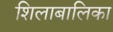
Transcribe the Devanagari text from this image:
शिलाबालिका